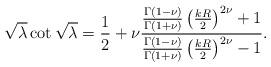
LaTeX: \begin{align*}\sqrt{\lambda}\cot\sqrt{\lambda}=\frac{1}{2}+\nu\frac{\frac{\Gamma(1-\nu)}{\Gamma(1+\nu)}\left( \frac{kR}{2}\right) ^{2\nu}+1}{\frac{\Gamma(1-\nu)}{\Gamma(1+\nu)}\left( \frac{kR}{2}\right) ^{2\nu}-1}.\end{align*}